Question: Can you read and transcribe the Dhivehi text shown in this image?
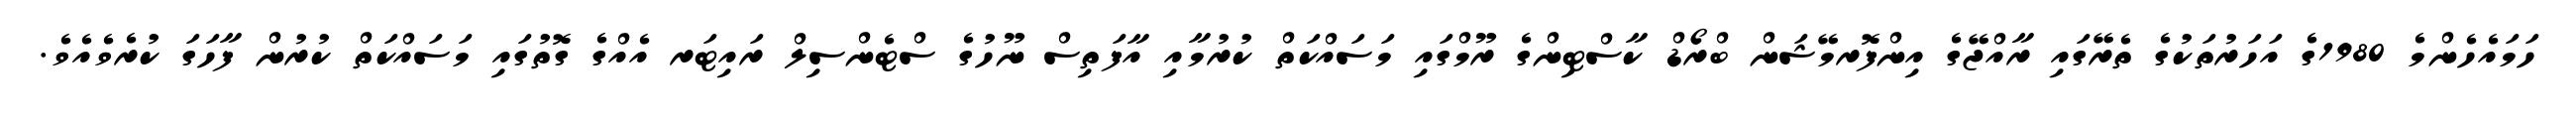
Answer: ހަމައެހެންމެ 1980ގެ އަހަރުތަކުގެ ތެރޭގައި ރާއްޖޭގެ އިންފޮރމޭޝަން ބްރޯޑް ކާސްޓިންގެ ރޫމްގައި މަސައްކަތް ކުރުމާއި އާފަތިސް ނޫހުގެ ސްޓެންސިލް ރައިޓަރ އެއްގެ ގޮތުގައި މަސައްކަތް ކުރުން ފާހަގަ ކުރެވެއެވެ.